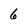
Character: 6